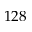
1 2 8